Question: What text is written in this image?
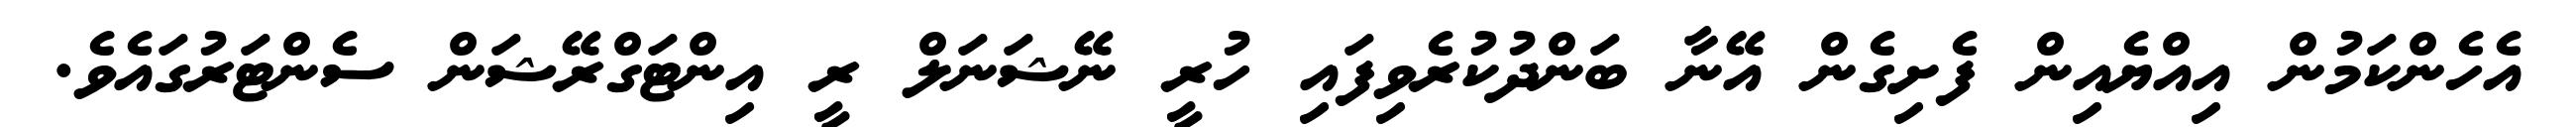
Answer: އެހެންކަމުން އިއްޔެއިން ފެށިގެން އޭނާ ބަންދުކުރެވިފައި ހުރީ ނޭޝަނަލް ރީ އިންޓަގްރޭޝަން ސެންޓަރުގައެވެ.